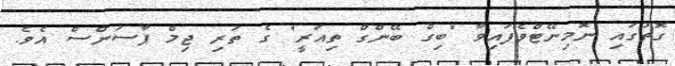
ގޮތުގައި ނޮމިނޭޓްވެފައިވާ "ބިގް ބޭންގް ތިއަރީ" ގެ ތަރި ޖިމް ޕާސަންސް އެވެ.